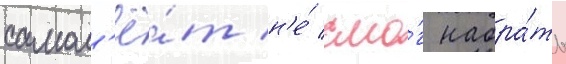
самол'ё́т н'е́ смо́г набра́ть